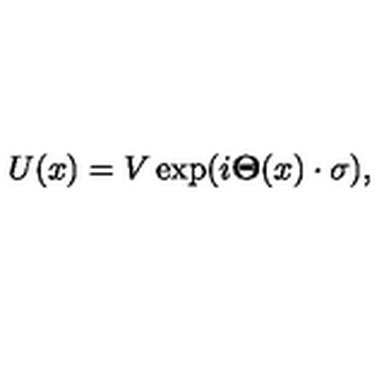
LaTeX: U ( x ) = V \exp ( i { \bf \Theta } ( x ) \cdot { \bf \sigma } ) ,